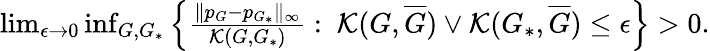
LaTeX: \begin{array}{r}{\operatorname*{lim}_{\epsilon\to 0}\operatorname*{inf}_{G,G_{*}}{\left\{ \frac{\| p_{G}-p_{G_{*}}\| _{\infty}}{\mathcal{K}(G,G_{*})}:\ \mathcal{K}(G,\overline{{G}})\vee\mathcal{K}(G_{*},\overline{{G}})\leq\epsilon\right\} }>0.}\end{array}